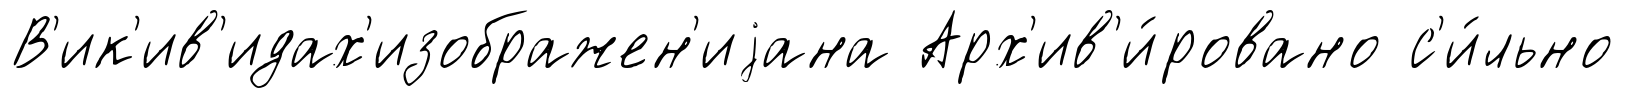
В'ик'ив'идах'изображен'иjана Арх'ив'и́ровано с'и́льно